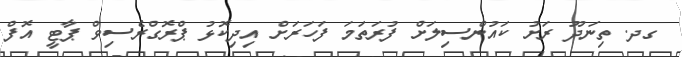
ގދ. ތިނަދޫ ރަށު ކައުންސިލަށް ފުރަތަމަ ފަހަރަށް އިދިކޮޅު ޕްރޮގްރެސިވް ޕާޓީ އޮފް